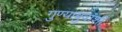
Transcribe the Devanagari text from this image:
गुण्याबुवांशी